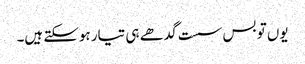
یوں تو بس سست گدھے ہی تیار ہوسکتے ہیں۔